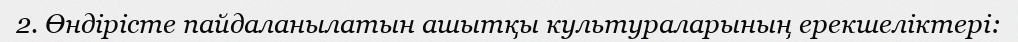
2. Өндірісте пайдаланылатын ашытқы культураларының ерекшеліктері: